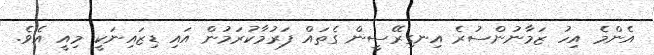
އެންމެ އިހު ޒަމާނުންސުރެ އިނގިރޭސީން ގެތައް ފަރުމާކުރަމުން އައި ޑިޒައިނަކީ މިއީ އެވެ.